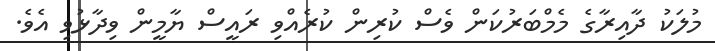
މުލަކު ދާއިރާގެ މެމްބަރުކަން ވެސް ކުރިން ކުރެއްވި ރައީސް ޔާމީން ވިދާޅުވި އެވެ.